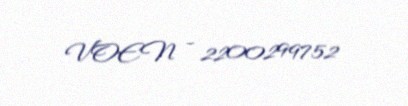
VOEN - 2200299752